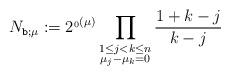
LaTeX: \begin{align*} N_{\texttt{b};\mu} := 2^{_0(\mu)} \prod_{\substack{1\leq j<k\leq n\\ \mu_j-\mu_k=0}} \frac{1+k-j}{k-j} \end{align*}